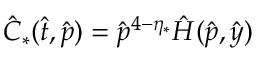
\hat { C } _ { * } ( \hat { t } , \hat { p } ) = \hat { p } ^ { 4 - \eta _ { * } } \hat { H } ( \hat { p } , \hat { y } )